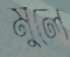
মুলে